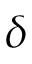
\delta